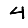
Digit: 4